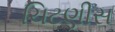
ચિટણીસ